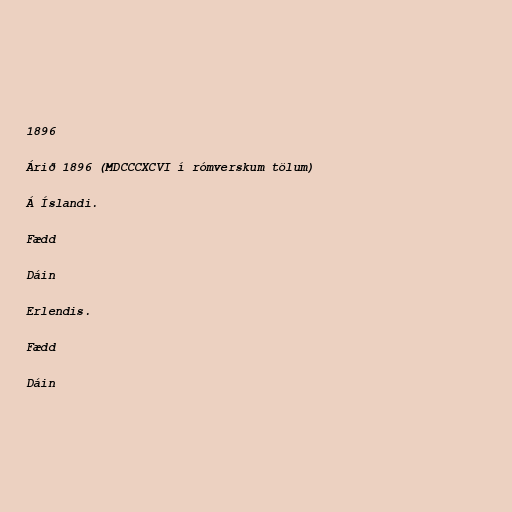
1896

Árið 1896 (MDCCCXCVI í rómverskum tölum)

Á Íslandi.

Fædd

Dáin

Erlendis.

Fædd

Dáin